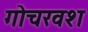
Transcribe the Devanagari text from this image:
गोचरवश